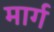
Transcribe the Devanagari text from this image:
मार्ग